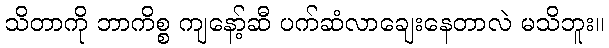
သိတာကို ဘာကိစ္စ ကျနော့်ဆီ ပက်ဆံလာချေးနေတာလဲ မသိဘူး။